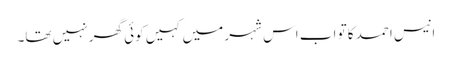
انیس احمد کا تو اب اس شہر میں کہیں کوئی گھر نہیں تھا۔